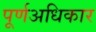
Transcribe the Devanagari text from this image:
पूर्णअधिकार